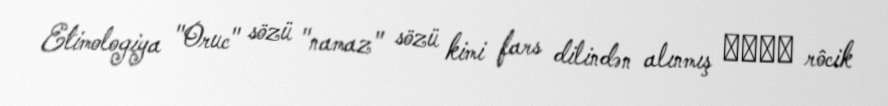
Etimologiya "Oruc" sözü "namaz" sözü kimi fars dilindən alınmış روجك rôcik